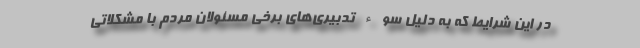
در این شرایط که به دلیل سوء تدبیری‌های برخی مسئولان مردم با مشکلاتی